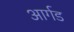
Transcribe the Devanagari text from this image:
आर्गड